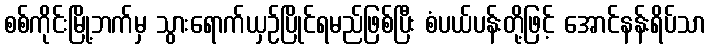
စစ်ကိုင်းမြို့ဘက်မှ သွားရောက်ယှဉ်ပြိုင်ရမည်ဖြစ်ပြီး စံပယ်ပန်းတို့ဖြင့် အောင်နန်းရိပ်သာ